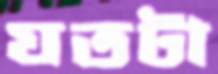
যতটা